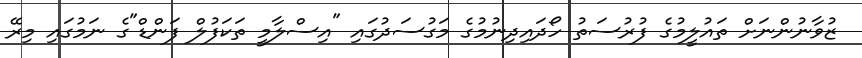
ޒުވާނުންނަށް ތައުލީމުގެ ފުރުސަތު ހޯދައިދިނުމުގެ މަގުސަދުގައި "އިސްލާމީ ތަކަފުލް ފަންޑް"ގެ ނަމުގައި މިރޭ